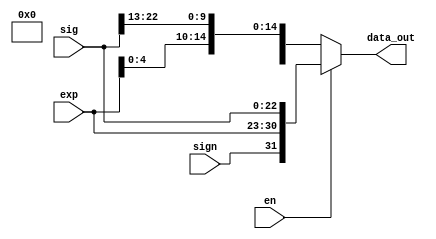
module pack (en, sign, exp, sig, data_out);

    input en, sign;
    input [7:0]exp;
    input [22:0]sig;
    output reg [31:0] data_out;

    always @(sign, exp, sig) begin
        if(en) begin
            data_out = {sign, exp, sig};
        end
        else begin
            data_out = {16'h0000, sign, exp[4:0], sig[22-:10]};
        end
    end
    
endmodule